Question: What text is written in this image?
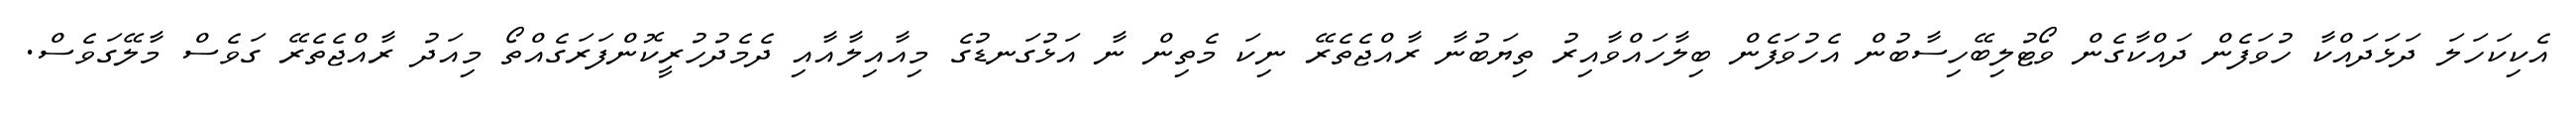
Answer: އެކިކަހަލަ ދަޅަދައްކާ ހުވަފެން ދައްކާގެން ވޯޓުލިބޭހިސާބުން އެހުވަފެން ބިލާހައްވާއިރު ތިޔަބުނާ ރާއްޖެތެރޭ ނިކަ މެތިން ނާ އަޅުގަނޑުގެ މިއާއިލާއާއި ދެމެދުހުރީކޮންފަރަގެއްތޯ މިއަދު ރާއްޖެތެރޭ ގަވެސް މާލޭގަވެސް.